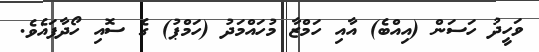
ވަހީދު ހަސަން (އިއްބެ) އާއި ހަމްޒާ މުހައްމަދު (ހަމްޕު) ގެ ސޮއި ހޯދާފައެވެ.